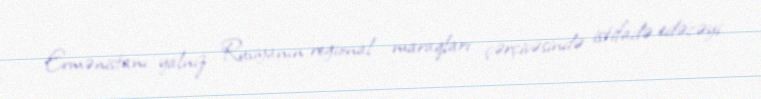
Ermənistanı yalnız Rusiyanın regional maraqları çərçivəsində istifadə edəcəyi